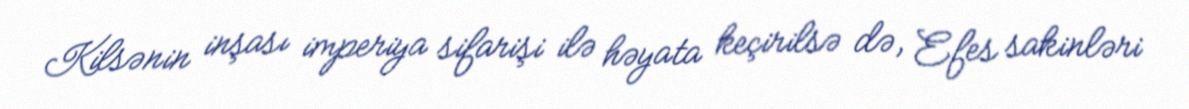
Kilsənin inşası imperiya sifarişi ilə həyata keçirilsə də, Efes sakinləri